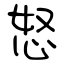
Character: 怒